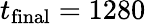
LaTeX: t_{\mathrm{final}}=1280